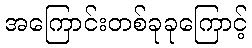
အကြောင်းတစ်ခုခုကြောင့်